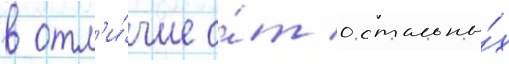
в отл'и́чие о́т остальны́х